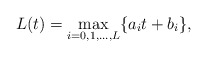
\begin{align*} L(t) = \max_{i=0,1,\ldots,L} \{a_i t + b_i\},\end{align*}